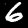
Digit: 6